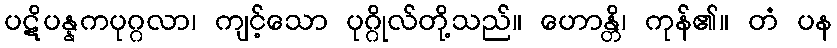
ပဋိပန္နကပုဂ္ဂလာ၊ ကျင့်သော ပုဂ္ဂိုလ်တို့သည်။ ဟောန္တိ၊ ကုန်၏။ တံ ပန